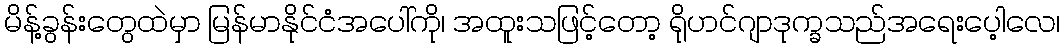
မိန့်ခွန်းတွေထဲမှာ မြန်မာနိုင်ငံအပေါ်ကို၊ အထူးသဖြင့်တော့ ရိုဟင်ဂျာဒုက္ခသည်အရေးပေ့ါလေ၊